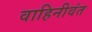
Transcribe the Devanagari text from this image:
वाहिनीवंत